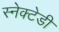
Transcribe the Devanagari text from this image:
स्नेक्टेडी